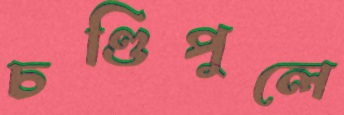
চণ্ডিপুলে